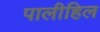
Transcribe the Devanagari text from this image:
पालीहिल